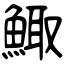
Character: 鯫